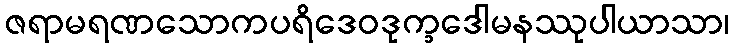
ဇရာမရဏသောကပရိဒေဝဒုက္ခဒေါမနဿုပါယာသာ၊